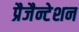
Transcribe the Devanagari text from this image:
प्रैजैन्टेशन